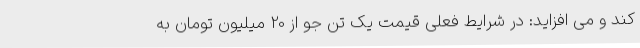
کند و می افزاید: در شرایط فعلی قیمت یک تن جو از 20 میلیون تومان به